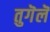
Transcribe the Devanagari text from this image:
तुगॆलॆ